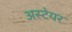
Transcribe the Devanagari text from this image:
अस्टेयर